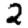
Digit: 2